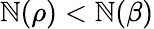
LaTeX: \mathbb{N}(\rho)<\mathbb{N}(\beta)